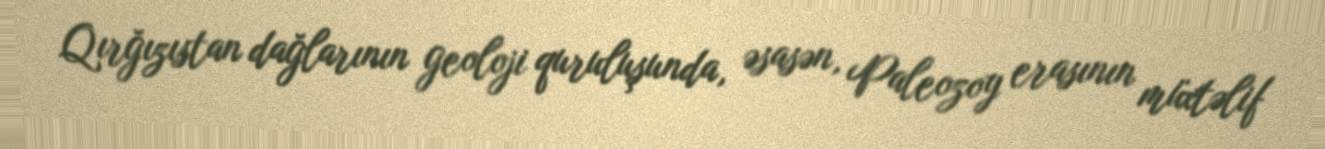
Qırğızıstan dağlarının geoloji quruluşunda, əsasən, Paleozoy erasının müxtəlif